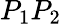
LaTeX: P_{1}P_{2}